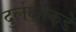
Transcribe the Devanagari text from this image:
दुर्लक्षाकडे